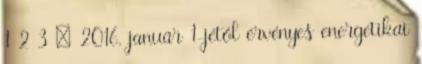
1 2 3 : 2016. január 1-jétől érvényes energetikai